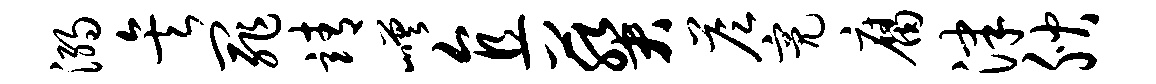
溺矣罪靖嵯直葵答亮腐津腴